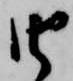
由